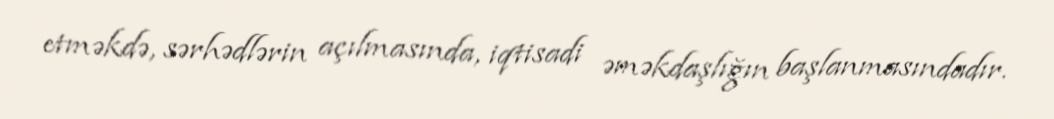
etməkdə, sərhədlərin açılmasında, iqtisadi əməkdaşlığın başlanmasındadır.